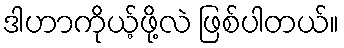
ဒါဟာကိုယ့်ဖို့လဲ ဖြစ်ပါတယ်။